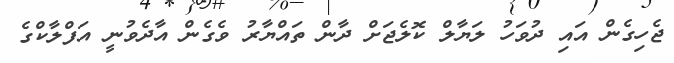
ޖެހިގެން އައި ދުވަހު ލަޔާލް ކޮލެޖަށް ދާން ތައްޔާރު ވެގެން އާދެވުނީ އަފްލާކްގެ